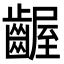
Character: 齷